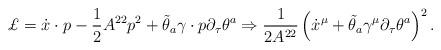
LaTeX: \begin{align*}\pounds =\dot{x}\cdot p-\frac{1}{2}A^{22}p^{2}+\tilde{\theta}_{a}\gamma\cdot {p}\partial _{\tau }\theta ^{a}\Rightarrow \frac{1}{2A^{22}}\left( \dot{x}^{\mu }+\tilde{\theta}_{a}\gamma ^{\mu }\partial _{\tau }\theta^{a}\right) ^{2}.\end{align*}